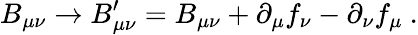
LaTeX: B_{\mu\nu}\rightarrow B_{\mu\nu}^{\prime}=B_{\mu\nu}+\partial_{\mu}f_{\nu}-\partial_{\nu}f_{\mu}~.